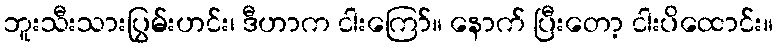
ဘူးသီးသားပြွမ်းဟင်း၊ ဒီဟာက ငါးကြော်။ နောက် ပြီးတော့ ငါးပိထောင်း။